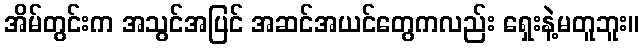
အိမ်တွင်းက အသွင်အပြင် အဆင်အယင်တွေကလည်း ရှေးနဲ့မတူဘူး။